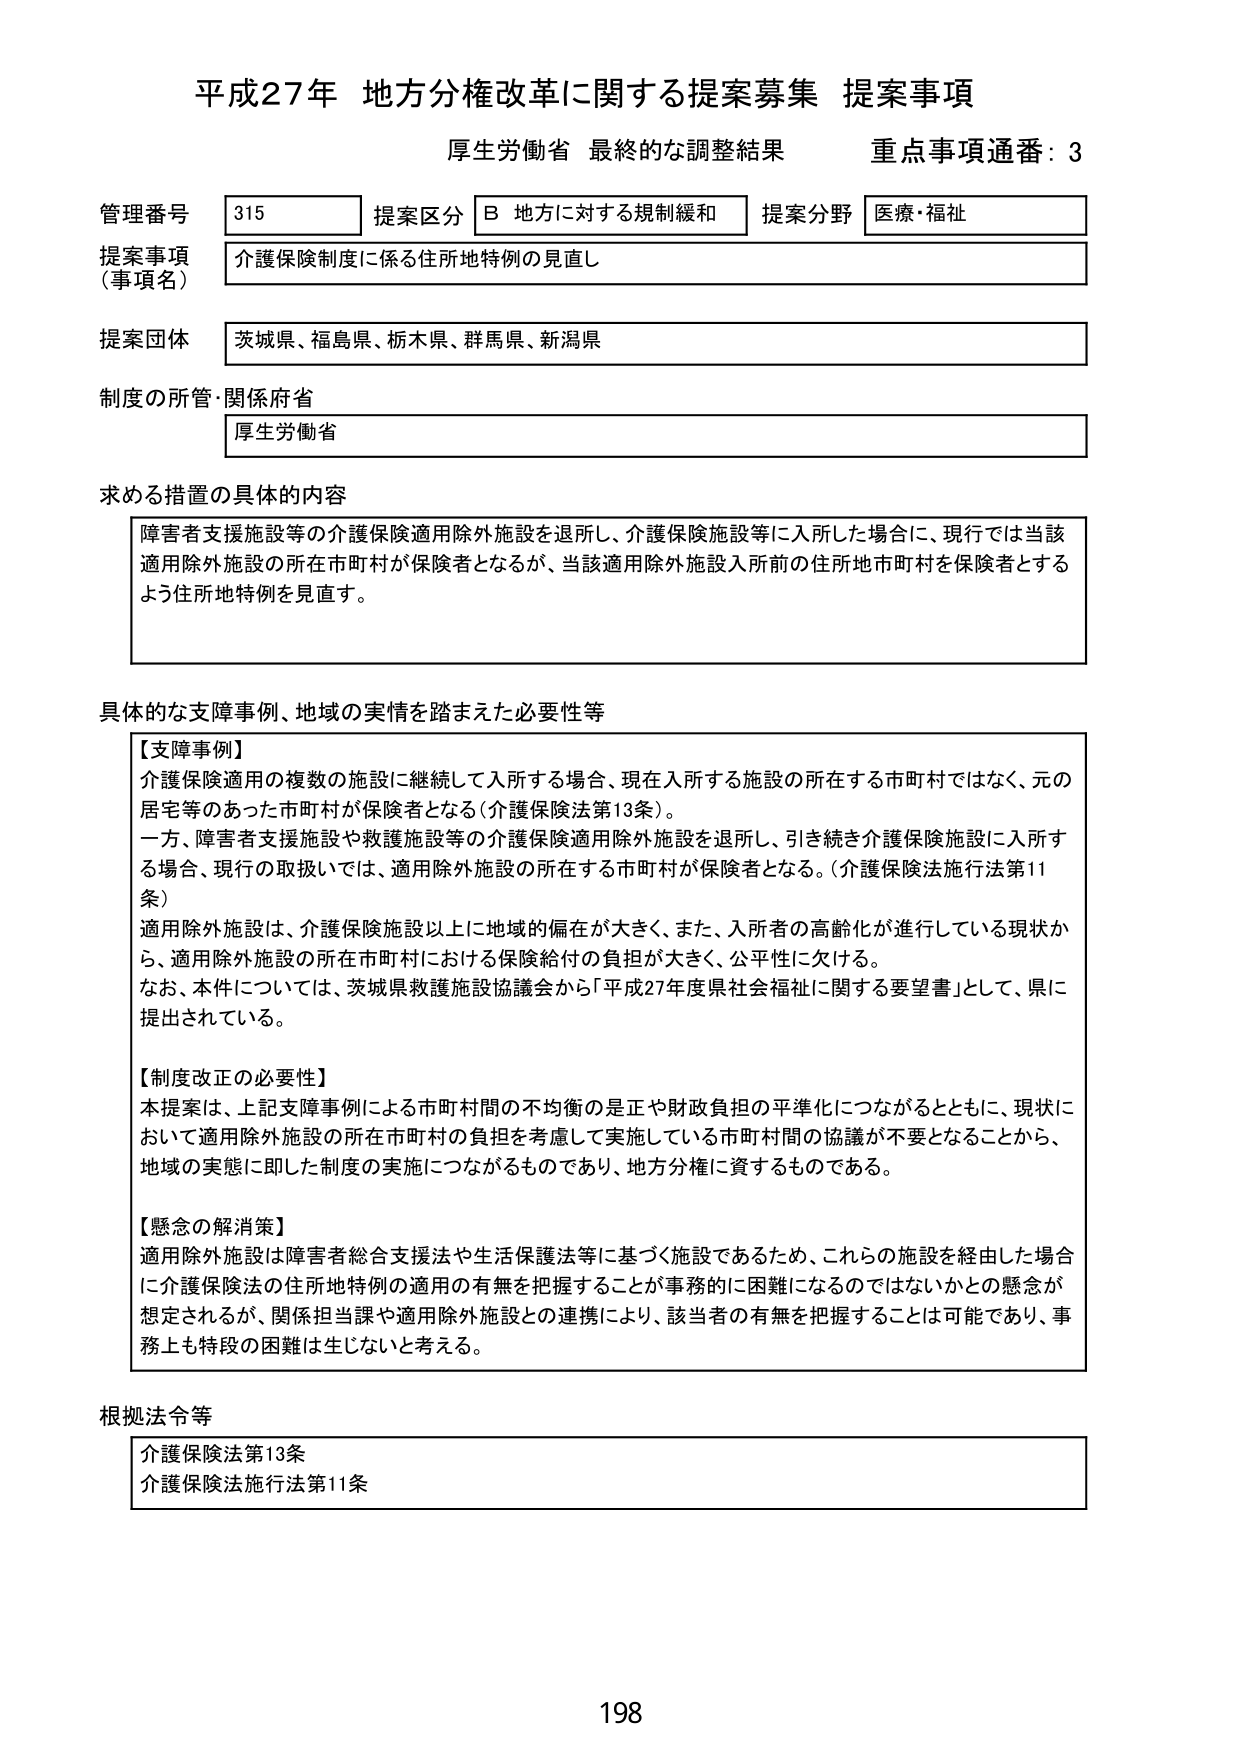
平成27年 地方分権改革に関する提案募集 提案事項
厚生労働省 最終的な調整結果 重点事項通番：3

管理番号 315 提案区分 B 地方に対する規制緩和 提案分野 医療・福祉
提案事項（事項名） 介護保険制度に係る住所地特例の見直し
提案団体 茨城県、福島県、栃木県、群馬県、新潟県
制度の所管・関係府省 厚生労働省

求める措置の具体的内容
障害者支援施設等の介護保険適用除外施設を退所し、介護保険施設等に入所した場合に、現行では当該適用除外施設の所在市町村が保険者となるが、当該適用除外施設入所前の住所地市町村を保険者とするよう住所地特例を見直す。

具体的な支障事例、地域の実情を踏まえた必要性等
【支障事例】
介護保険適用の複数の施設に継続して入所する場合、現在入所する施設の所在する市町村ではなく、元の居宅等のあった市町村が保険者となる（介護保険法第13条）。
一方、障害者支援施設や救護施設等の介護保険適用除外施設を退所し、引き続き介護保険施設に入所する場合、現行の取扱いでは、適用除外施設の所在する市町村が保険者となる。（介護保険法施行法第11条）
適用除外施設は、介護保険施設以上に地域的偏在が大きく、また、入所者の高齢化が進行している現状から、適用除外施設の所在市町村における保険給付の負担が大きく、公平性に欠ける。
なお、本件については、茨城県救護施設協議会から「平成27年度県社会福祉に関する要望書」として、県に提出されている。

【制度改正の必要性】
本提案は、上記支障事例による市町村間の不均衡の是正や財政負担の平準化につながるとともに、現状において適用除外施設の所在市町村の負担を考慮して実施している市町村間の協議が不要となることから、地域の実態に即した制度の実施につながるものであり、地方分権に資するものである。

【懸念の解消策】
適用除外施設は障害者総合支援法や生活保護法等に基づく施設であるため、これらの施設を経由した場合に介護保険法の住所地特例の適用の有無を把握することが事務的に困難になるのではないかとの懸念が想定されるが、関係担当課や適用除外施設との連携により、該当者の有無を把握することは可能であり、事務上も特段の困難は生じないと考える。

根拠法令等
介護保険法第13条
介護保険法施行法第11条

198